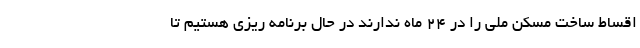
اقساط ساخت مسکن ملی را در ۲۴ ماه ندارند در حال برنامه ریزی هستیم تا